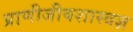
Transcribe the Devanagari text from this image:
प्राणीजीवशास्त्रज्ञ